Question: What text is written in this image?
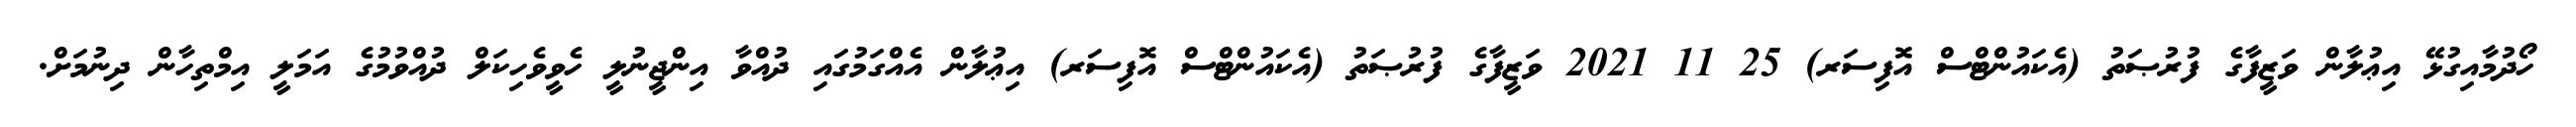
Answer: ހޯދުމާއިގުޅޭ އިޢުލާން ވަޒީފާގެ ފުރުޞަތު (އެކައުންޓްސް އޮފިސަރ) 25 11 2021 ވަޒީފާގެ ފުރުޞަތު (އެކައުންޓްސް އޮފިސަރ) އިޢުލާން އެއްގަމުގައި ދުއްވާ އިންޖީނުލީ ހެވީވެހިކަލް ދުއްވުމުގެ އަމަލީ އިމްތިހާން ދިނުމަށް.